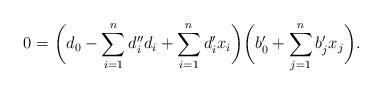
LaTeX: \begin{align*}0 = &\ \biggl(d_0 - \sum_{i=1}^{n}d_i''d_i +\sum_{i=1}^{n}d_i'x_i\biggr) \biggl(b_0' +\sum_{j=1}^{n}b_j'x_j\biggr). \end{align*}